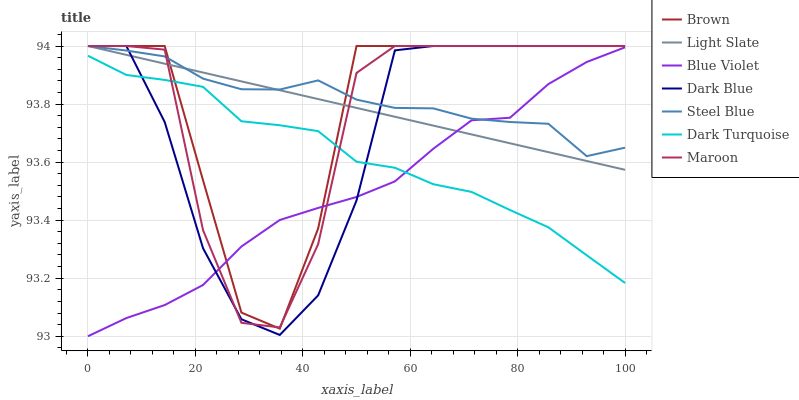
| xaxis_label | Brown | Light Slate | Blue Violet | Dark Blue | Steel Blue | Dark Turquoise | Maroon |
 | --- | --- | --- | --- | --- | --- | --- | --- |
 | 0 | 94 | 94 | 93 | 94 | 94 | 94 | 94 |
 | 7.14 | 94 | 94 | 93.1 | 94 | 94 | 93.9 | 94 |
 | 14.3 | 94 | 93.9 | 93.1 | 93.7 | 94 | 93.9 | 94 |
 | 21.4 | 93.5 | 93.9 | 93.2 | 93.3 | 93.9 | 93.9 | 93.4 |
 | 28.6 | 93.1 | 93.9 | 93.3 | 93.1 | 93.9 | 93.7 | 93 |
 | 35.7 | 93 | 93.8 | 93.4 | 93 | 93.9 | 93.7 | 93 |
 | 42.9 | 93.4 | 93.8 | 93.4 | 93.1 | 93.9 | 93.7 | 93.3 |
 | 50 | 94 | 93.8 | 93.5 | 93.5 | 93.8 | 93.6 | 93.9 |
 | 57.1 | 94 | 93.8 | 93.5 | 94 | 93.8 | 93.6 | 94 |
 | 64.3 | 94 | 93.7 | 93.6 | 94 | 93.8 | 93.5 | 94 |
 | 71.4 | 94 | 93.7 | 93.7 | 94 | 93.7 | 93.5 | 94 |
 | 78.6 | 94 | 93.7 | 93.8 | 94 | 93.7 | 93.4 | 94 |
 | 85.7 | 94 | 93.6 | 93.9 | 94 | 93.7 | 93.4 | 94 |
 | 92.9 | 94 | 93.6 | 93.9 | 94 | 93.6 | 93.3 | 94 |
 | 100 | 94 | 93.6 | 94 | 94 | 93.6 | 93.2 | 94 |